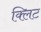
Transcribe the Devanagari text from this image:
क्लिट